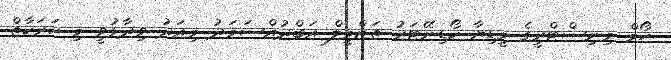
ހޯމް މިނިސްޓްރީގެ މީޑިޔާ ކޯޑިނޭޓަރު ތަޒްމީލް އަބްދުއްސަމަދު މިއަދު ވިދާޅުވީ މި ހަރަކާތް